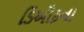
ડિઓફના